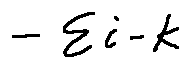
- \sum i - k